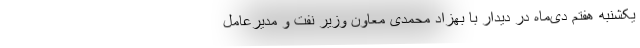
یکشنبه هفتم دی‌ماه در دیدار با بهزاد محمدی معاون وزیر نفت و مدیرعامل